system: You are a helpful assistant.
user:
Analyze the provided spectrum to determine if it is a **M-type Giant (gM)**.

A M-type Giant spectrum is defined by its **strong molecular absorption** features, particularly from **Titanium Oxide (TiO)**. You must check for one of the following mutually exclusive signatures:

- **Key Visual Indicators (Absorption-Dominated Spectrum):**

    - **(Primary):** The spectrum is dominated by strong molecular absorption from **Titanium Oxide (TiO)**. This is the **defining feature** of its M-type temperature class.
        - **(Key Bandheads):** Look for sharp, "saw-tooth" absorption valleys. The strongest are located near **~7050 Å**, **~6160 Å**, and **~5170 Å**.
        - **(Line Profile):** The "saw-tooth" morphology is critical: a **sharp, steep drop on the BLUE (short-wavelength) side** of the bandhead, followed by a gradual recovery (rising flux) towards the RED (long-wavelength) side.

    - **(Key Confirmation - Giant vs. Dwarf):** **ABSENCE** of strong **Calcium Hydride (CaH)** molecular bands. This is the primary diagnostic for *excluding* M-dwarfs.
        - **(Key Region):** The spectrum should lack the strong, broad absorption band seen in dwarfs between **~6800 Å and ~7000 Å**.

    - **(Secondary Confirmation - Giant):** A very strong and broad **Neutral Calcium (Ca I)** atomic absorption line.
        - **(Key Line):** Located at **~4226 Å**. In a giant (gM), this line is significantly deeper and broader than the same line in an M-dwarf (dM) due to low surface gravity.

    - **(Overall Spectrum):**
        - The continuum is **extremely red-sloping** (i.e., flux is very low in the blue and rises dramatically towards the red).
        - The entire spectrum appears "chopped up" by the deep TiO bands.

Think first, call **spectral_visualization_tool** if needed to examine features in detail, then provide your final answer. Your response must adhere to the following strict rules:
1.  **Overall Structure:** Your response must follow the format `<think>...</think> <tool_call>...</tool_call> (if a tool is used) <answer>...</answer>`.
2.  **Tool Usage Constraint:** You may only make **one** tool call per turn.
3.  **Final Answer Format:** In the `<answer>` tag, your conclusion must be inside a `\boxed{}` command (e.g., `\boxed{YES}` or `\boxed{NO}`), followed by your justification.

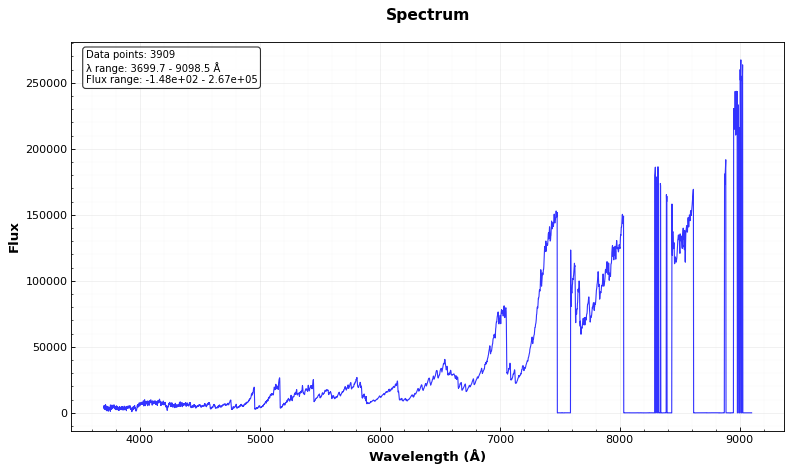
Answer: YES